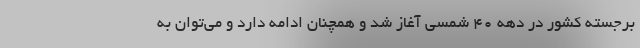
برجسته کشور در دهه ۴۰ شمسی آغاز شد و همچنان ادامه دارد و می‌توان به